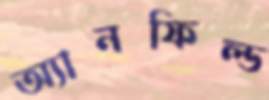
অ্যানফিল্ড